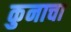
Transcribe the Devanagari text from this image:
कुनाचा